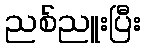
ညစ်ညူးပြီး